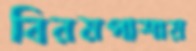
বিরমপাশায়